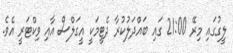
ލީގުގައި މިރޭ 21:00 ގައި ބައްދަލުކުރާ ދެޓީމަކީ އީގަލްސް އާއި ވިކްޓަރީ އެވެ.